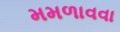
મમળાવવા